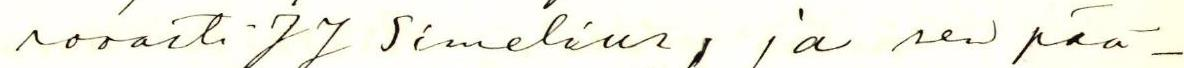
rovasti JJ Simelius, ja sen pää-